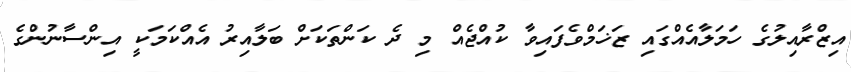
އިޒްރާއިލުގެ ހަމަލާއެއްގައި ޒަޚަމްވެފައިވާ ކުއްޖެއް މި ދެ ކަންތަކަށް ބަލާއިރު އެއްކަމަކީ އިންސާނުންގެ